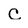
Character: C